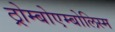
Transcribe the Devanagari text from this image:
ठ्रोम्बोएम्बोलिस्म